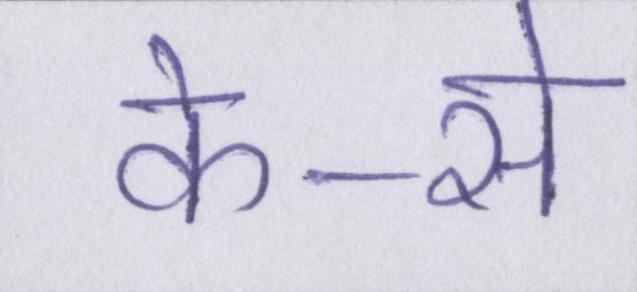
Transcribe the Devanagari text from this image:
के-से